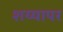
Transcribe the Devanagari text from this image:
शय्यापर